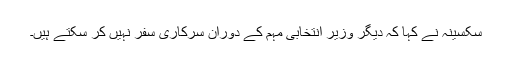
سکسینہ نے کہا کہ دیگر وزیر انتخابی مہم کے دوران سرکاری سفر نہیں کر سکتے ہیں۔